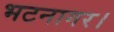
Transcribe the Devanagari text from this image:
भटनागर।